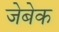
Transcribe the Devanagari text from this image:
जेबेक